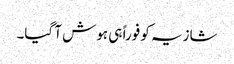
شازیہ کو فوراً ہی ہوش آ گیا۔